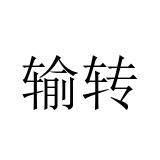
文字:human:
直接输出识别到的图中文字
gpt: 输转